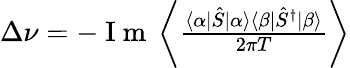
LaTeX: \begin{array}{r}{\Delta\nu=-\mathrm{~I~m~}\left\langle\frac{\langle\alpha|\hat{S}|\alpha\rangle\langle\beta|\hat{S}^{\dagger}|\beta\rangle}{2\pi T}\right\rangle}\end{array}